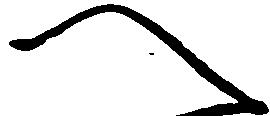
へ